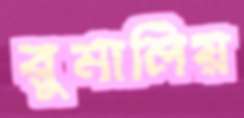
রুমালিয়